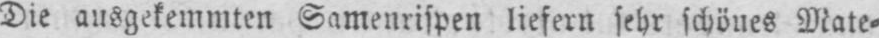
Die ausgekemmten Samenrispen liefern sehr schönes Mate⸗